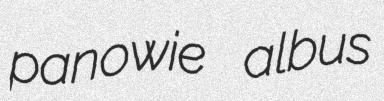
panowie albus